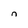
Character: n